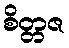
စိတ္တဇ